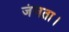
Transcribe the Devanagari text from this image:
जंचता।